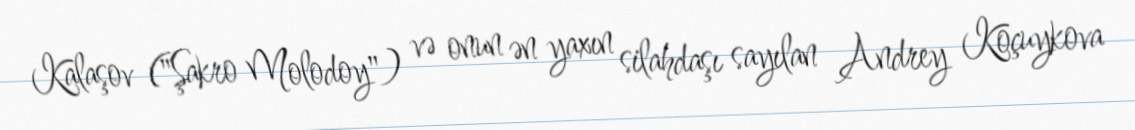
Kalaşov ("Şakro Molodoy") və onun ən yaxın silahdaşı sayılan Andrey Koçuykova